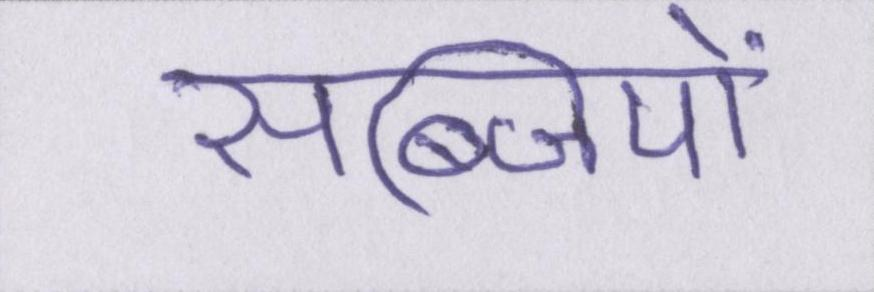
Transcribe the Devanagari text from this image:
सब्जियों